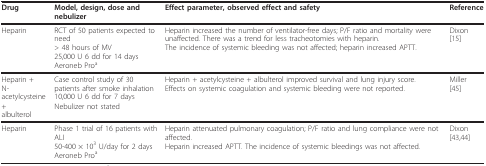
<table><thead><tr><td><b>Drug</b></td><td><b>Model, design, dose and nebulizer</b></td><td><b>Effect parameter, observed effect and safety</b></td><td><b>Reference</b></td></tr></thead><tbody><tr><td>Heparin</td><td>RCT of 50 patients expected to need&gt; 48 hours of MV25,000 U 6 dd for 14 daysAeroneb Pro<sup>a</sup></td><td>Heparin increased the number of ventilator-free days; P/F ratio and mortality were unaffected. There was a trend for less tracheotomies with heparin.The incidence of systemic bleeding was not affected; heparin increased APTT.</td><td>Dixon[15]</td></tr><tr><td>Heparin +N-acetylcysteine +albulterol</td><td>Case control study of 30 patients after smoke inhalation10,000 U 6 dd for 7 daysNebulizer not stated</td><td>Heparin + acetylcysteine + albulterol improved survival and lung injury score.Effects on systemic coagulation and systemic bleeding were not reported.</td><td>Miller[45]</td></tr><tr><td>Heparin</td><td>Phase 1 trial of 16 patients with ALI50-400 × 10<sup>3 </sup>U/day for 2 daysAeroneb Pro<sup>a</sup></td><td>Heparin attenuated pulmonary coagulation; P/F ratio and lung compliance were not affected.Heparin increased APTT. The incidence of systemic bleedings was not affected.</td><td>Dixon[43,44]</td></tr></tbody></table>